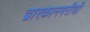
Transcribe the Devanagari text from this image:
द्वारकानगरीची